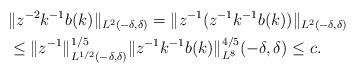
\begin{align*}& \|z^{-2} k^{-1}b(k) \|_{L^2(-\delta,\delta) }= \| z^{-1} ( z^{-1} k^{-1}b(k)) \|_{L^2(-\delta,\delta) }\\ &\leq \|z^{-1} \|_{L^{1/2}(-\delta,\delta) }^{1/5} \| z^{-1} k^{-1} b(k) \|_{L^8}^{4/5}(-\delta,\delta)\leq c.\end{align*}